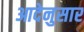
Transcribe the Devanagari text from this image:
आदेनुसार